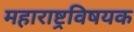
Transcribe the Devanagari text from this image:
महाराष्ट्रविषयक